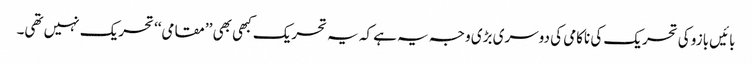
بائیں بازو کی تحریک کی ناکامی کی دوسری بڑی وجہ یہ ہے کہ یہ تحریک کبھی بھی ’’مقامی‘‘ تحریک نہیں تھی۔